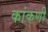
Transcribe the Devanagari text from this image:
कांकणी